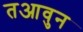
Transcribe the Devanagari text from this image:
तआवुन